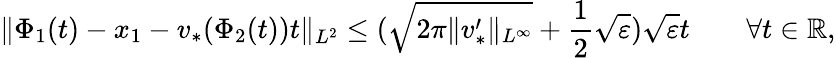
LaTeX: \| \Phi_{1}(t)-x_{1}-v_{*}(\Phi_{2}(t))t\| _{L^{2}}\leq(\sqrt{2\pi\| v_{*}^{\prime}\| _{L^{\infty}}}+\frac{1}{2}\sqrt{\varepsilon})\sqrt{\varepsilon}t\qquad\forall t\in\mathbb{R},